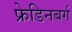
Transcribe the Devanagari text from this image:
फ्रेडिनबर्ग